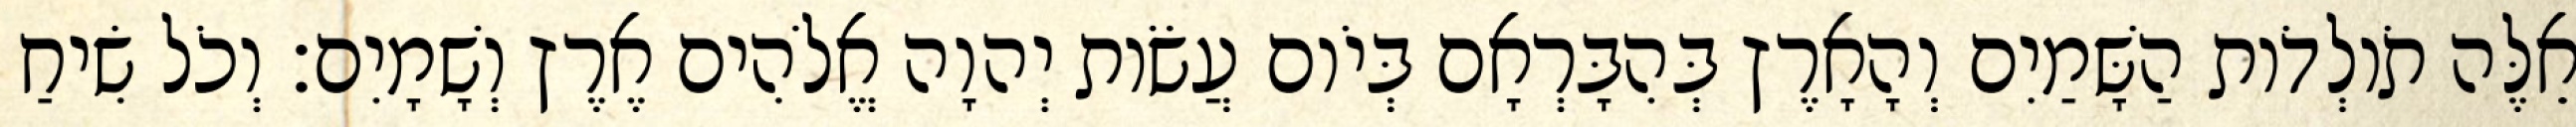
אֵלֶּה תֹולְדֹות הַשָּׁמַיִם וְהָאָרֶץ בְּהִבָּרְאָם בְּיֹום עֲשֹׂות יְהוָה אֱלֹהִים אֶרֶץ וְשָׁמָיִם׃ וְכֹל שִׂיחַ